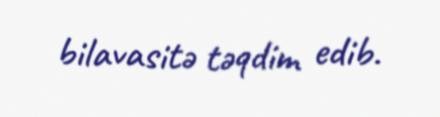
bilavasitə təqdim edib.